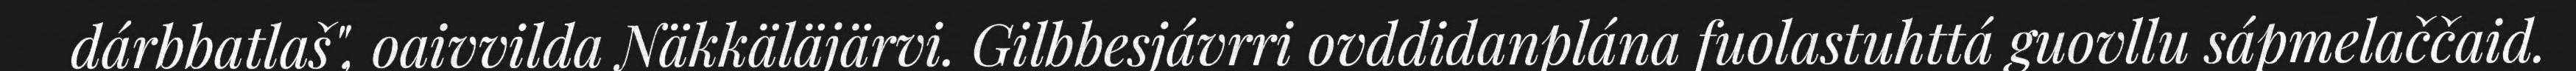
dárbbatlaš", oaivvilda Näkkäläjärvi. Gilbbesjávrri ovddidanplána fuolastuhttá guovllu sápmelaččaid.